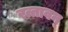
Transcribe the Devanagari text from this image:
रत्तावन्